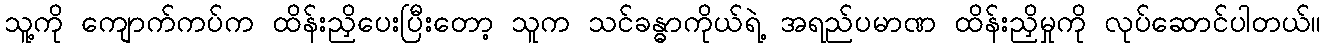
သူ့ကို ကျောက်ကပ်က ထိန်းညှိပေးပြီးတော့ သူက သင်ခန္ဓာကိုယ်ရဲ့ အရည်ပမာဏ ထိန်းညှိမှုကို လုပ်ဆောင်ပါတယ်။